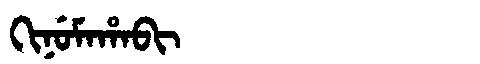
Manchu: ᡴᡳᠨᡠᠮᠠᡥᠠᠪᡳ
Romanization: KINUMAHABI